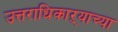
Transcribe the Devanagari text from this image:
उत्तराधिकाऱ्याच्या